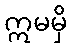
ဣမမှိ